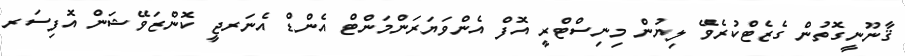
ޤާނޫނީގޮތުން ގެޒެޓްކުރެވޭ ލިޔުން މިނިސްޓްރީ އޮފް އެންވަޔަރަންމަންޓް އެންޑް އެނަރޖީ ކޮންޒަވޭޝަން އޮފިސަރ